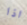
اذا